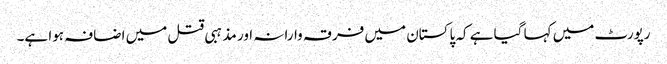
رپورٹ میں کہا گیا ہے کہ پاکستان میں فرقہ وارانہ اور مذہبی قتل میں اضافہ ہوا ہے۔